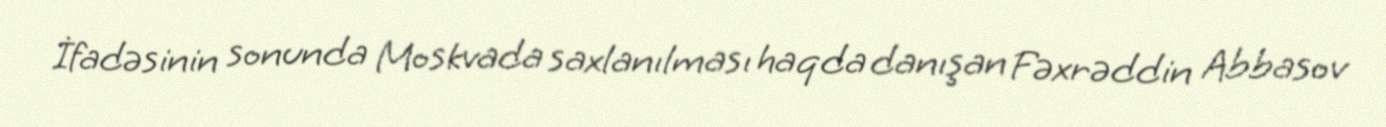
İfadəsinin sonunda Moskvada saxlanılması haqda danışan Fəxrəddin Abbasov